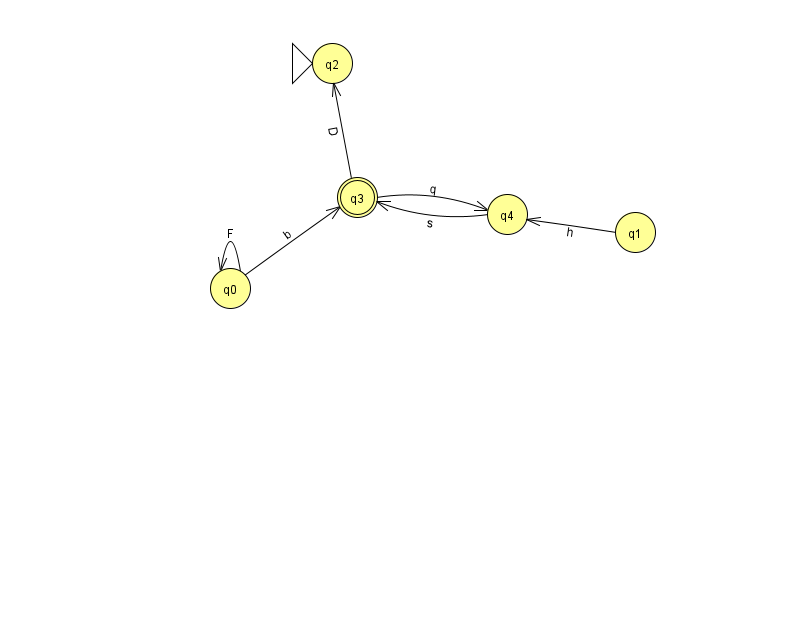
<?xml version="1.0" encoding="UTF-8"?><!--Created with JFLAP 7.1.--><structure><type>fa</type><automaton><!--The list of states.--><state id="0" name="q0"><x>230.0</x><y>275.0</y></state><state id="1" name="q1"><x>635.0</x><y>219.0</y></state><state id="2" name="q2"><x>332.0</x><y>50.0</y><initial/></state><state id="3" name="q3"><x>357.0</x><y>184.0</y><final/></state><state id="4" name="q4"><x>507.0</x><y>201.0</y></state><!--The list of transitions.--><transition><from>0</from><to>0</to><read>F</read></transition><transition><from>1</from><to>4</to><read>h</read></transition><transition><from>3</from><to>2</to><read>D</read></transition><transition><from>0</from><to>3</to><read>b</read></transition><transition><from>4</from><to>3</to><read>s</read></transition><transition><from>3</from><to>4</to><read>q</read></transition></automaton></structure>